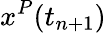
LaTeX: x^{P}(t_{n+1})